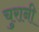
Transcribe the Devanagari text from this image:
चुरानी